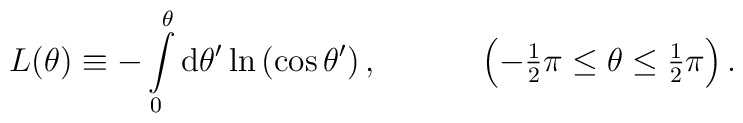
L(\theta)\equiv -\int\limits_0^{\theta} \mbox{d}\theta' \ln\left(\cos\theta'\right), \hspace{13mm}\left( -{\textstyle{1\over2}}\pi \leq \theta \leq {\textstyle{1\over2}}\pi \right) .